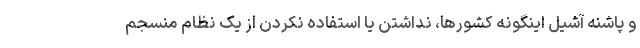
و پاشنه آشیل اینگونه کشورها، نداشتن یا استفاده نکردن از یک نظام منسجم